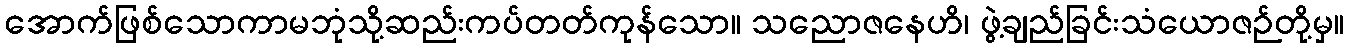
အောက်ဖြစ်သောကာမဘုံသို့ဆည်းကပ်တတ်ကုန်သော။ သညောဇနေဟိ၊ ဖွဲ့ချည်ခြင်းသံယောဇဉ်တို့မှ။